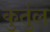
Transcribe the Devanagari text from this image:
कुर्तुल